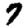
Digit: 7